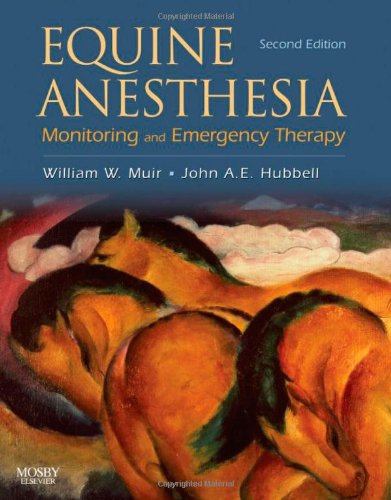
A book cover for Equine Anesthesia: Monitoring and Emergency Therapy, 2e; William W. Muir III DVM   PhD; Medical Books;